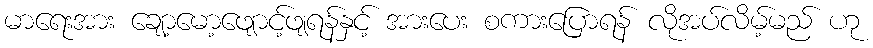
မာရေးအား ချော့မော့ဖျောင့်ဖျရန်နှင့် အားပေး စကားပြောရန် လိုအပ်လိမ့်မည် ဟု